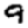
Digit: 9